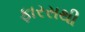
ફારસથી